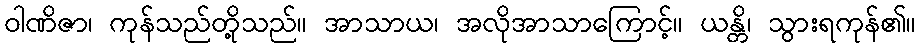
ဝါဏိဇာ၊ ကုန်သည်တို့သည်။ အာသာယ၊ အလိုအာသာကြောင့်။ ယန္တိ၊ သွားရကုန်၏။